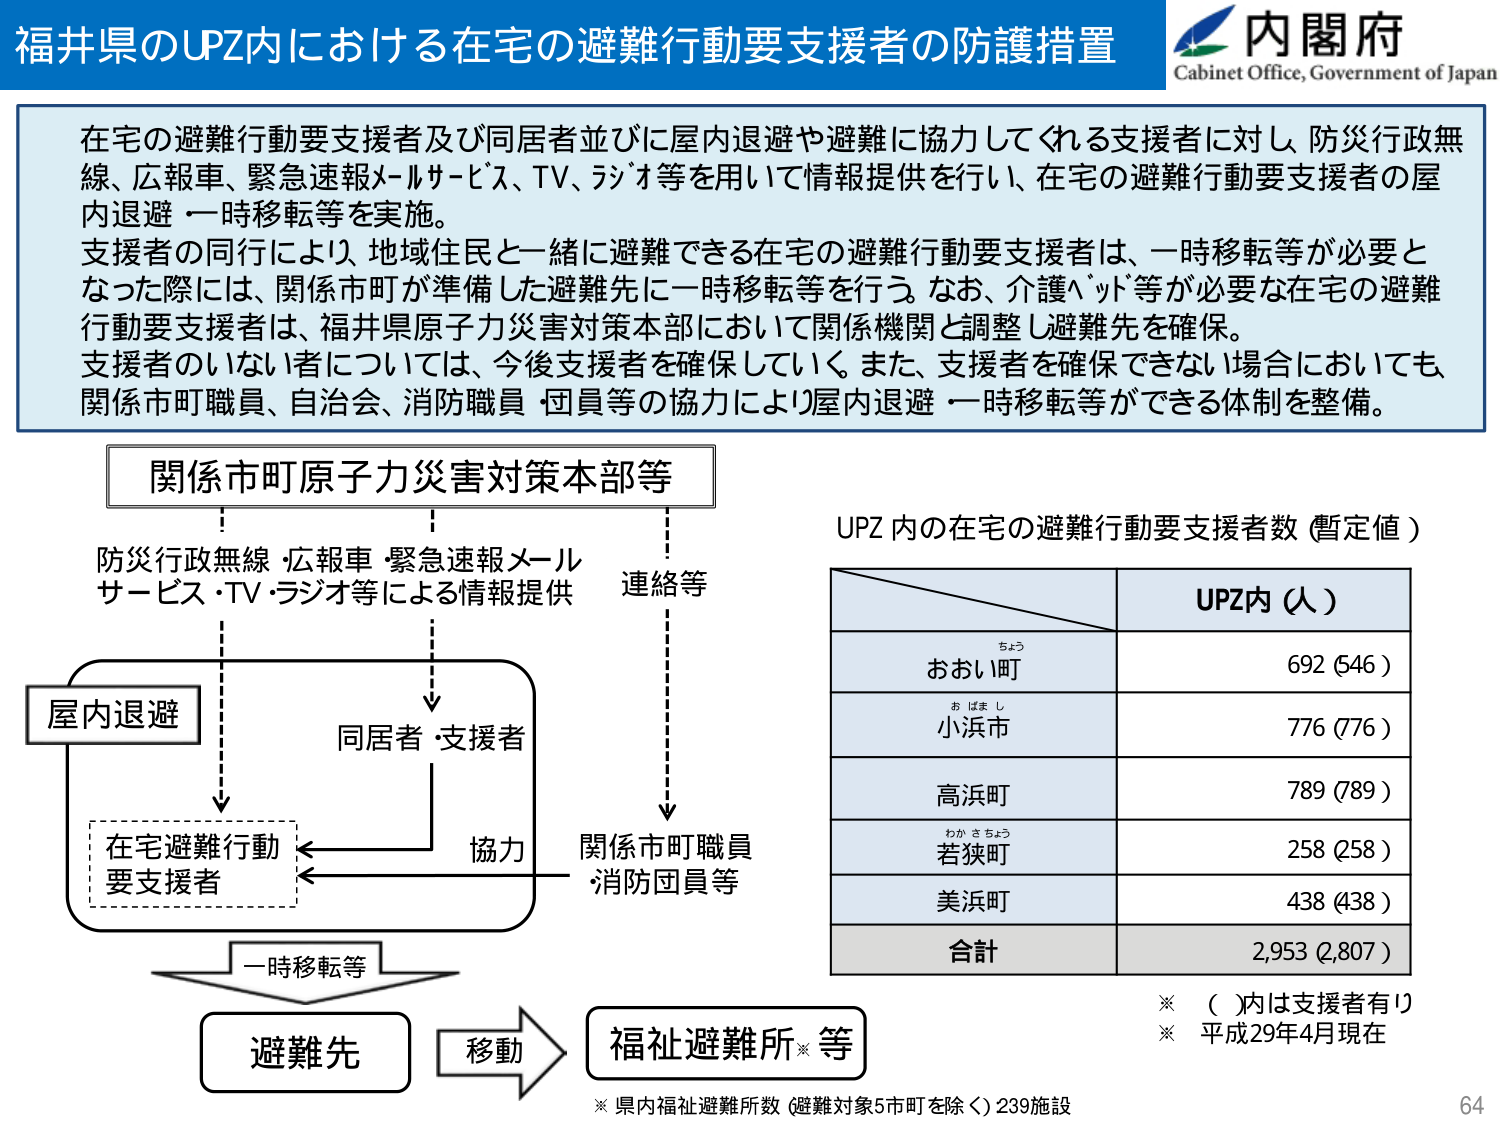
福井県のUPZ内における在宅の避難行動要支援者の防護措置

内閣府
Cabinet Office, Government of Japan

在宅の避難行動要支援者及び同居者並びに屋内退避や避難に協力してくれる支援者に対し、防災行政無線、広報車、緊急速報メールサービス、TV、ラジオ等を用いて情報提供を行い、在宅の避難行動要支援者の屋内退避・一時移転等を実施。
支援者の同行により、地域住民と一緒に避難できる在宅の避難行動要支援者は、一時移転等が必要となった際には、関係市町が準備した避難先に一時移転等を行う。なお、介護ベッド等が必要な在宅の避難行動要支援者は、福井県原子力災害対策本部において関係機関と調整し避難先を確保。
支援者のいない者については、今後支援者を確保していく。また、支援者を確保できない場合においても、関係市町職員、自治会、消防職員・団員等の協力により屋内退避・一時移転等ができる体制を整備。

関係市町原子力災害対策本部等
防災行政無線・広報車・緊急速報メールサービス・TV・ラジオ等による情報提供
連絡等

屋内退避
同居者・支援者
協力
関係市町職員
消防団員等

在宅避難行動
要支援者

一時移転等
避難先
移動
福祉避難所※等

※ 県内福祉避難所数（避難対象5市町を除く）239施設

UPZ内の在宅の避難行動要支援者数（暫定値）

UPZ内（人）
おおい町 692（546）
小浜市 776（776）
高浜町 789（789）
若狭町 258（258）
美浜町 438（438）
合計 2,953（2,807）

※ （ ）内は支援者有り
※ 平成29年4月現在

64